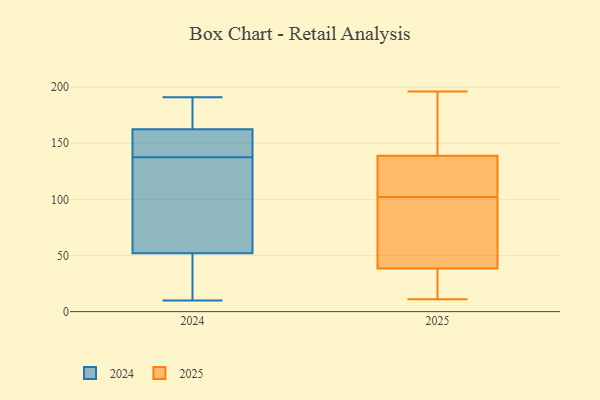
{"axis": {"x": "Population (Million)", "y": "Value"}, "legend": ["2024", "2025"], "data": [{"x": "", "y": 191, "type": "2024"}, {"x": "", "y": 64, "type": "2024"}, {"x": "", "y": 53, "type": "2024"}, {"x": "", "y": 146, "type": "2024"}, {"x": "", "y": 181, "type": "2024"}, {"x": "", "y": 10, "type": "2024"}, {"x": "", "y": 146, "type": "2024"}, {"x": "", "y": 45, "type": "2024"}, {"x": "", "y": 51, "type": "2024"}, {"x": "", "y": 177, "type": "2024"}, {"x": "", "y": 148, "type": "2024"}, {"x": "", "y": 129, "type": "2024"}, {"x": "", "y": 196, "type": "2025"}, {"x": "", "y": 77, "type": "2025"}, {"x": "", "y": 117, "type": "2025"}, {"x": "", "y": 43, "type": "2025"}, {"x": "", "y": 156, "type": "2025"}, {"x": "", "y": 102, "type": "2025"}, {"x": "", "y": 133, "type": "2025"}, {"x": "", "y": 187, "type": "2025"}, {"x": "", "y": 11, "type": "2025"}, {"x": "", "y": 94, "type": "2025"}, {"x": "", "y": 25, "type": "2025"}, {"x": "", "y": 122, "type": "2025"}, {"x": "", "y": 25, "type": "2025"}]}